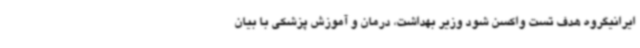
ایرانیگروه هدف تست واکسن شود وزیر بهداشت، درمان و آموزش پزشکی با بیان